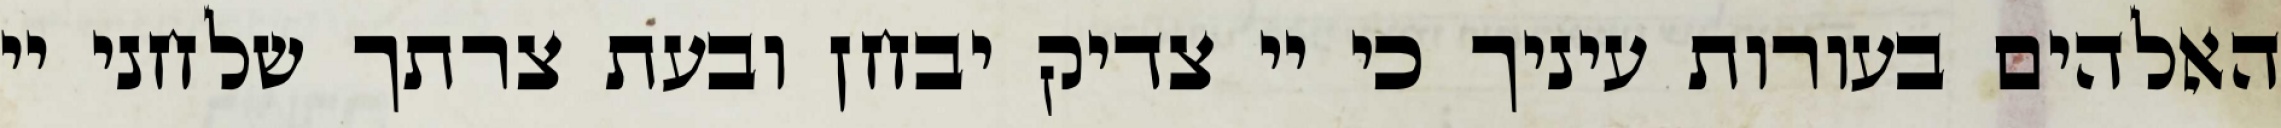
האלהים בעורות עיניך כי יי צדיק יבחן ובעת צרתך שלחני יי